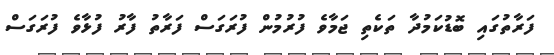
ފަރާތުގައި ބޮޑުކަމުދާ ތަކެތި ޖަމާވެ ފުރުމުން ފުރަގަސް ފަރާތު ފާރު ފުޅާވެ ފުރަގަސް